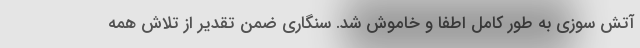
آتش سوزی به طور کامل اطفا و خاموش شد. سنگاری ضمن تقدیر از تلاش همه